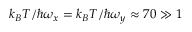
k _ { B } T / \hbar \omega _ { x } = k _ { B } T / \hbar \omega _ { y } \approx 7 0 \gg 1